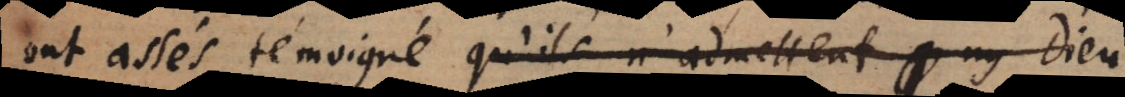
ont assés témoigné qu’ils n’admettent ny Dieu